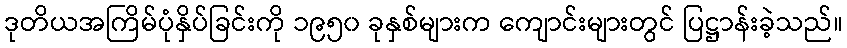
ဒုတိယအကြိမ်ပုံနှိပ်ခြင်းကို ၁၉၅၀ ခုနှစ်များက ကျောင်းများတွင် ပြဋ္ဌာန်းခဲ့သည်။